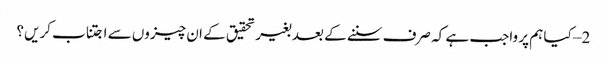
2 – کیا ہم پر واجب ہے کہ صرف سننے کے بعد بغیر تحقیق کے ان چیزوں سے اجتناب کریں؟